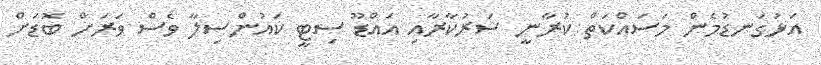
އަޅުގަނޑުމެން މަސައްކަތް ކުރާނީ ސަރުކާރާއި އައްޑޫ ސިޓީ ކައުންސިލާ ވެސް ވަރަށް ބޮޑަށް